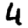
Digit: 4